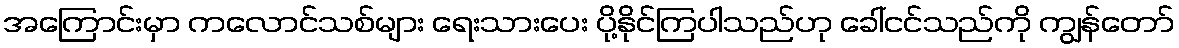
အကြောင်းမှာ ကလောင်သစ်များ ရေးသားပေး ပို့နိုင်ကြပါသည်ဟု ခေါ်ငင်သည်ကို ကျွန်တော်